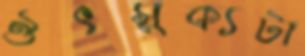
ঔৎসুক্যটা